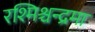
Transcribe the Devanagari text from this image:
रश्मिश्चन्द्रमा